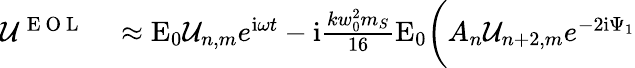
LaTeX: \begin{array}{rl}{\mathcal{U}^{\mathrm{~E~O~L~}}}&{{}\approx\mathrm{E}_{0}\mathcal{U}_{n,m}e^{\mathrm{i}\omega t}-\mathrm{i}\frac{kw_{0}^{2}m_{S}}{16}\mathrm{E}_{0}\bigg(A_{n}\mathcal{U}_{n+2,m}e^{-2\mathrm{i}\Psi_{1}}}\end{array}